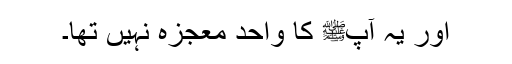
اور یہ آپﷺ کا واحد معجزہ نہیں تھا۔